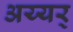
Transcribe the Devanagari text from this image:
अय्यर्